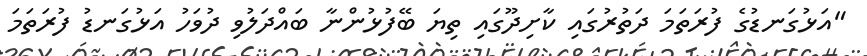
"އަޅުގަނޑުގެ ފުރަތަމަ ދަތުރުގައި ކާށިދޫގައި ތިޔަ ބޭފުޅުންނާ ބައްދަލުވި ދުވަހު އަޅުގަނޑު ފުރަތަމަ